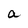
Character: a